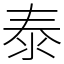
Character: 泰